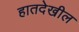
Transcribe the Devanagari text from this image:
हातदेखील